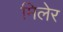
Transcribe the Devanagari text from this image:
मिलेर